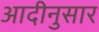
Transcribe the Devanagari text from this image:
आदीनुसार